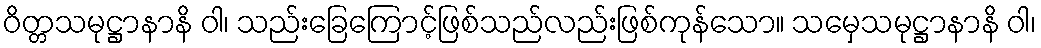
ဝိတ္တသမုဋ္ဌာနာနိ ဝါ၊ သည်းခြေကြောင့်ဖြစ်သည်လည်းဖြစ်ကုန်သော။ သမှေသမုဋ္ဌာနာနိ ဝါ၊